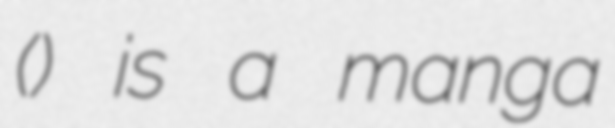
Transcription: (奇子) is a manga